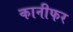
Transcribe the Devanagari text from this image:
कानीफर